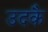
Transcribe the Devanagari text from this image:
उदकै